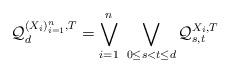
LaTeX: \begin{align*} \mathcal{Q}_d^{(X_i)_{i=1}^n,T}=\bigvee_{i=1}^n\ \bigvee_{0\leq s<t\leq d}\mathcal{Q}_{s,t}^{X_i,T}\end{align*}